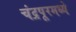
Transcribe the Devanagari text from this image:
चंद्रपूरमध्ये